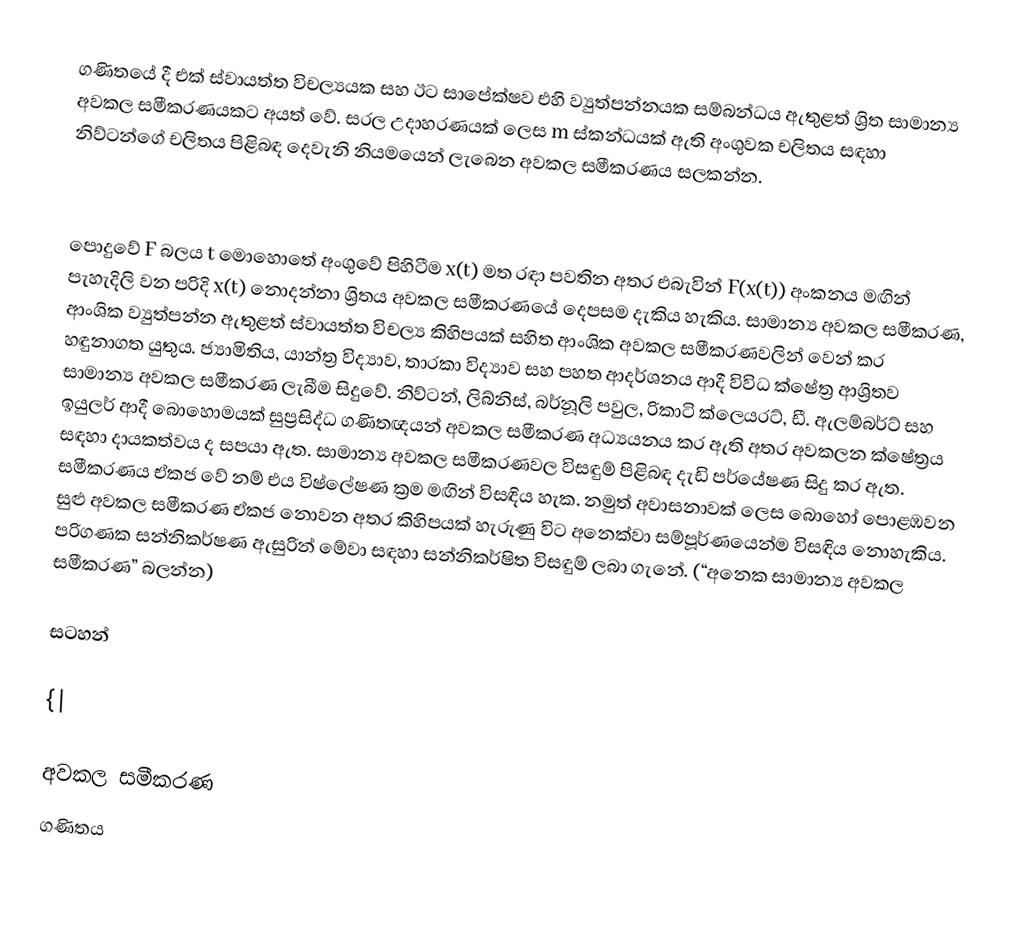
ගණිතයේ දී එක් ස්වායත්ත විචල්‍යයක සහ ඊට සාපේක්ෂව එහි ව්‍යුත්පන්නයක සම්බන්ධය ඇතුළත් ශ්‍රිත සාමාන්‍ය අවකල සමීකරණයකට අයත් වේ. සරල උදාහරණයක් ලෙස m ස්කන්ධයක් ඇති අංශුවක චලිතය සඳහා නිව්ටන්ගේ චලිතය පිළිබඳ දෙවැනි නියමයෙන් ලැබෙන අවකල සමීකරණය සලකන්න.

පොදුවේ F බලය t මොහොතේ අංශුවේ පිහිටීම x(t) මත රඳා පවතින අතර එබැවින් F(x(t)) අංකනය මඟින් පැහැදිලි වන පරිදි x(t) නොදන්නා ශ්‍රිතය අවකල සමීකරණයේ දෙපසම දැකිය හැකිය. සාමාන්‍ය අවකල සමීකරණ, ආංශික ව්‍යුත්පන්න ඇතුළත් ස්වායත්ත විචල්‍ය කිහිපයක් සහිත ආංශික අවකල සමීකරණවලින් වෙන් කර හඳුනාගත යුතුය. ජ්‍යාමිතිය, යාන්ත්‍ර විද්‍යාව, තාරකා විද්‍යාව සහ පහත ආදර්ශනය ආදී විවිධ ක්ෂේත්‍ර ආශ්‍රිතව සාමාන්‍ය අවකල සමීකරණ ලැබීම සිදුවේ. නිව්ටන්, ලිබ්නිස්, බර්නූලි පවුල, රිකාටි ක්ලෙයරට්, ඩී. ඇලම්බර්ට් සහ ඉයුලර් ආදී බොහොමයක් සුප්‍රසිද්ධ ගණිතඥයන් අවකල සමීකරණ අධ්‍යයනය කර ඇති අතර අවකලන ක්ෂේත්‍රය සඳහා දායකත්වය ද සපයා ඇත. සාමාන්‍ය අවකල සමීකරණවල විසඳුම් පිළිබඳ දැඩි පර්යේෂණ සිදු කර ඇත. සමීකරණය ඒකජ වේ නම් එය විෂ්ලේෂණ ක්‍රම මඟින් විසඳිය හැක. නමුත් අවාසනාවක් ලෙස බොහෝ පොළඹවන සුළු අවකල සමීකරණ ඒකජ නොවන අතර කිහිපයක් හැරුණු විට අනෙක්වා සම්පූර්ණයෙන්ම විසඳිය නොහැකිය. පරිගණක සන්නිකර්ෂණ ඇසුරින් මේවා සඳහා සන්නිකර්ෂිත විසඳුම් ලබා ගැනේ. (“අනෙක සාමාන්‍ය අවකල සමීකරණ” බලන්න)

සටහන්

{|

අවකල සමීකරණ
ගණිතය